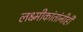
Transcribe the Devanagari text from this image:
लक्ष्मीकांतांनीही